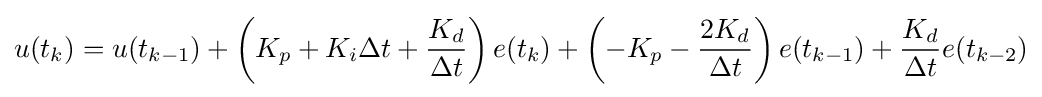
u(t_{k})=u(t_{k-1})+\left(K_{p}+K_{i}\Delta t+{\dfrac {K_{d}}{\Delta t}}\right)e(t_{k})+\left(-K_{p}-{\dfrac {2K_{d}}{\Delta t}}\right)e(t_{k-1})+{\dfrac {K_{d}}{\Delta t}}e(t_{k-2})